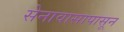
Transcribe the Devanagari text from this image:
सेनावासापासून